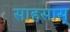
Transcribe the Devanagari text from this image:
साहसास्